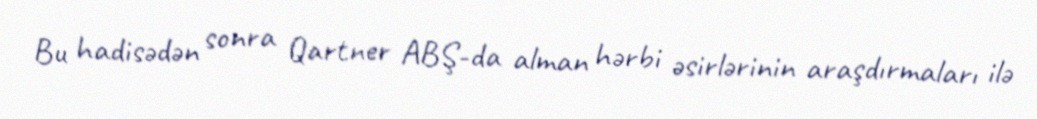
Bu hadisədən sonra Qartner ABŞ-da alman hərbi əsirlərinin araşdırmaları ilə